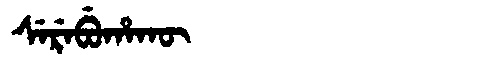
Manchu: ᠰᡝᡵᡝᠪᡠᡥᠠᡴᡡ
Romanization: SEREBUHAKŪ